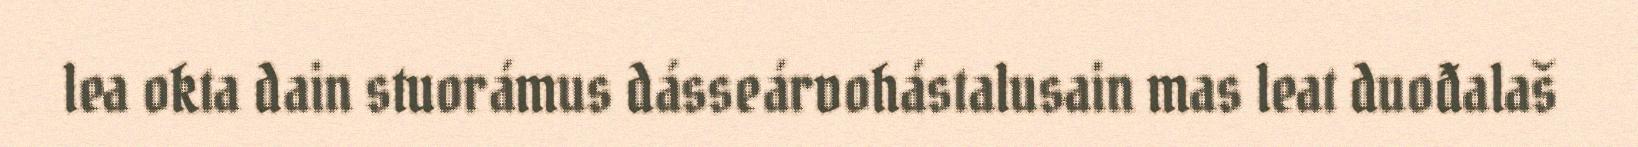
lea okta dain stuorámus dásseárvohástalusain mas leat duođalaš